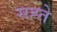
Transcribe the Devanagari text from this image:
सह्ते